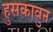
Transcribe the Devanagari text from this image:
हुसकावुन